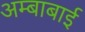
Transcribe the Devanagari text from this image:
अम्बाबाई